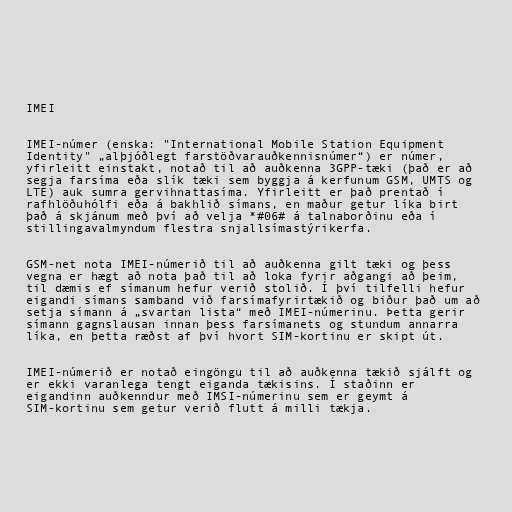
IMEI

IMEI-númer (enska: "International Mobile Station Equipment
Identity" „alþjóðlegt farstöðvarauðkennisnúmer“) er númer,
yfirleitt einstakt, notað til að auðkenna 3GPP-tæki (það er að
segja farsíma eða slík tæki sem byggja á kerfunum GSM, UMTS og
LTE) auk sumra gervihnattasíma. Yfirleitt er það prentað í
rafhlöðuhólfi eða á bakhlið símans, en maður getur líka birt
það á skjánum með því að velja *#06# á talnaborðinu eða í
stillingavalmyndum flestra snjallsímastýrikerfa.

GSM-net nota IMEI-númerið til að auðkenna gilt tæki og þess
vegna er hægt að nota það til að loka fyrir aðgangi að þeim,
til dæmis ef símanum hefur verið stolið. Í því tilfelli hefur
eigandi símans samband við farsímafyrirtækið og biður það um að
setja símann á „svartan lista“ með IMEI-númerinu. Þetta gerir
símann gagnslausan innan þess farsímanets og stundum annarra
líka, en þetta ræðst af því hvort SIM-kortinu er skipt út.

IMEI-númerið er notað eingöngu til að auðkenna tækið sjálft og
er ekki varanlega tengt eiganda tækisins. Í staðinn er
eigandinn auðkenndur með IMSI-númerinu sem er geymt á
SIM-kortinu sem getur verið flutt á milli tækja.